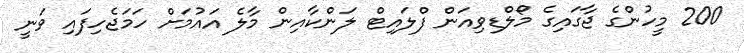
200 މީހުންގެ ޖާގައިގެ މޯލްޑިވިއަން ފްލައިޓް ލަންކާއިން މާލެ އައުމަށް ހަމަޖެހިފައި ވަނީ